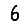
Digit: 6